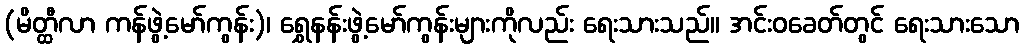
(မိတ္ထီလာ ကန်ဖွဲ့မော်ကွန်း)၊ ရွှေနန်းဖွဲ့မော်ကွန်းများကိုလည်း ရေးသားသည်။ အင်းဝခေတ်တွင် ရေးသားသော